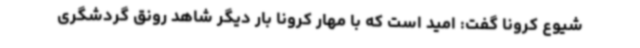
شیوع کرونا گفت: امید است که با مهار کرونا بار دیگر شاهد رونق گردشگری